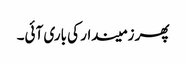
پھر زمیندار کی باری آئی۔